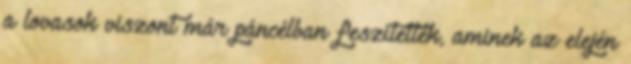
a lovasok viszont már páncélban feszítettek, aminek az elején